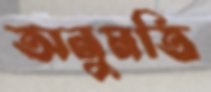
অনুমতি